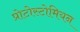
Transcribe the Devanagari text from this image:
प्रोटोस्टोमियन